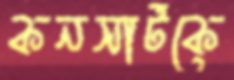
কনসার্টকে